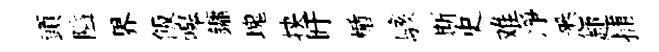
頭隘界飯嗥鏞塊挟盱楯駭斯史难凈悉趣捕